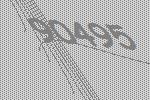
90495